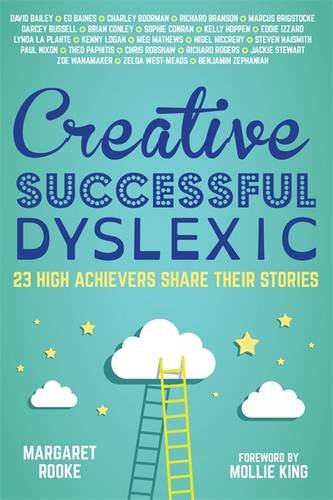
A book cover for Creative, Successful, Dyslexic: 23 High Achievers Share Their Stories; Politics & Social Sciences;